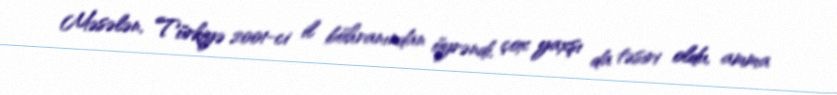
Məsələn, Türkiyə 2001-ci il böhranından öyrəndi, çox yaxşı da təsiri oldu, amma